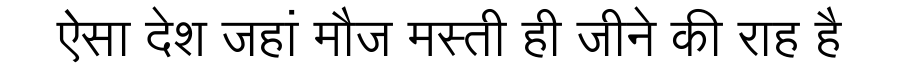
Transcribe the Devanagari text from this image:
ऐसा देश जहां मौज मस्ती ही जीने की राह है